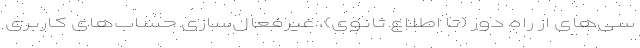
سی‌های از راه دور (تا اطلاع ثانوی)، غیرفعال‌سازی حساب‌های کاربری